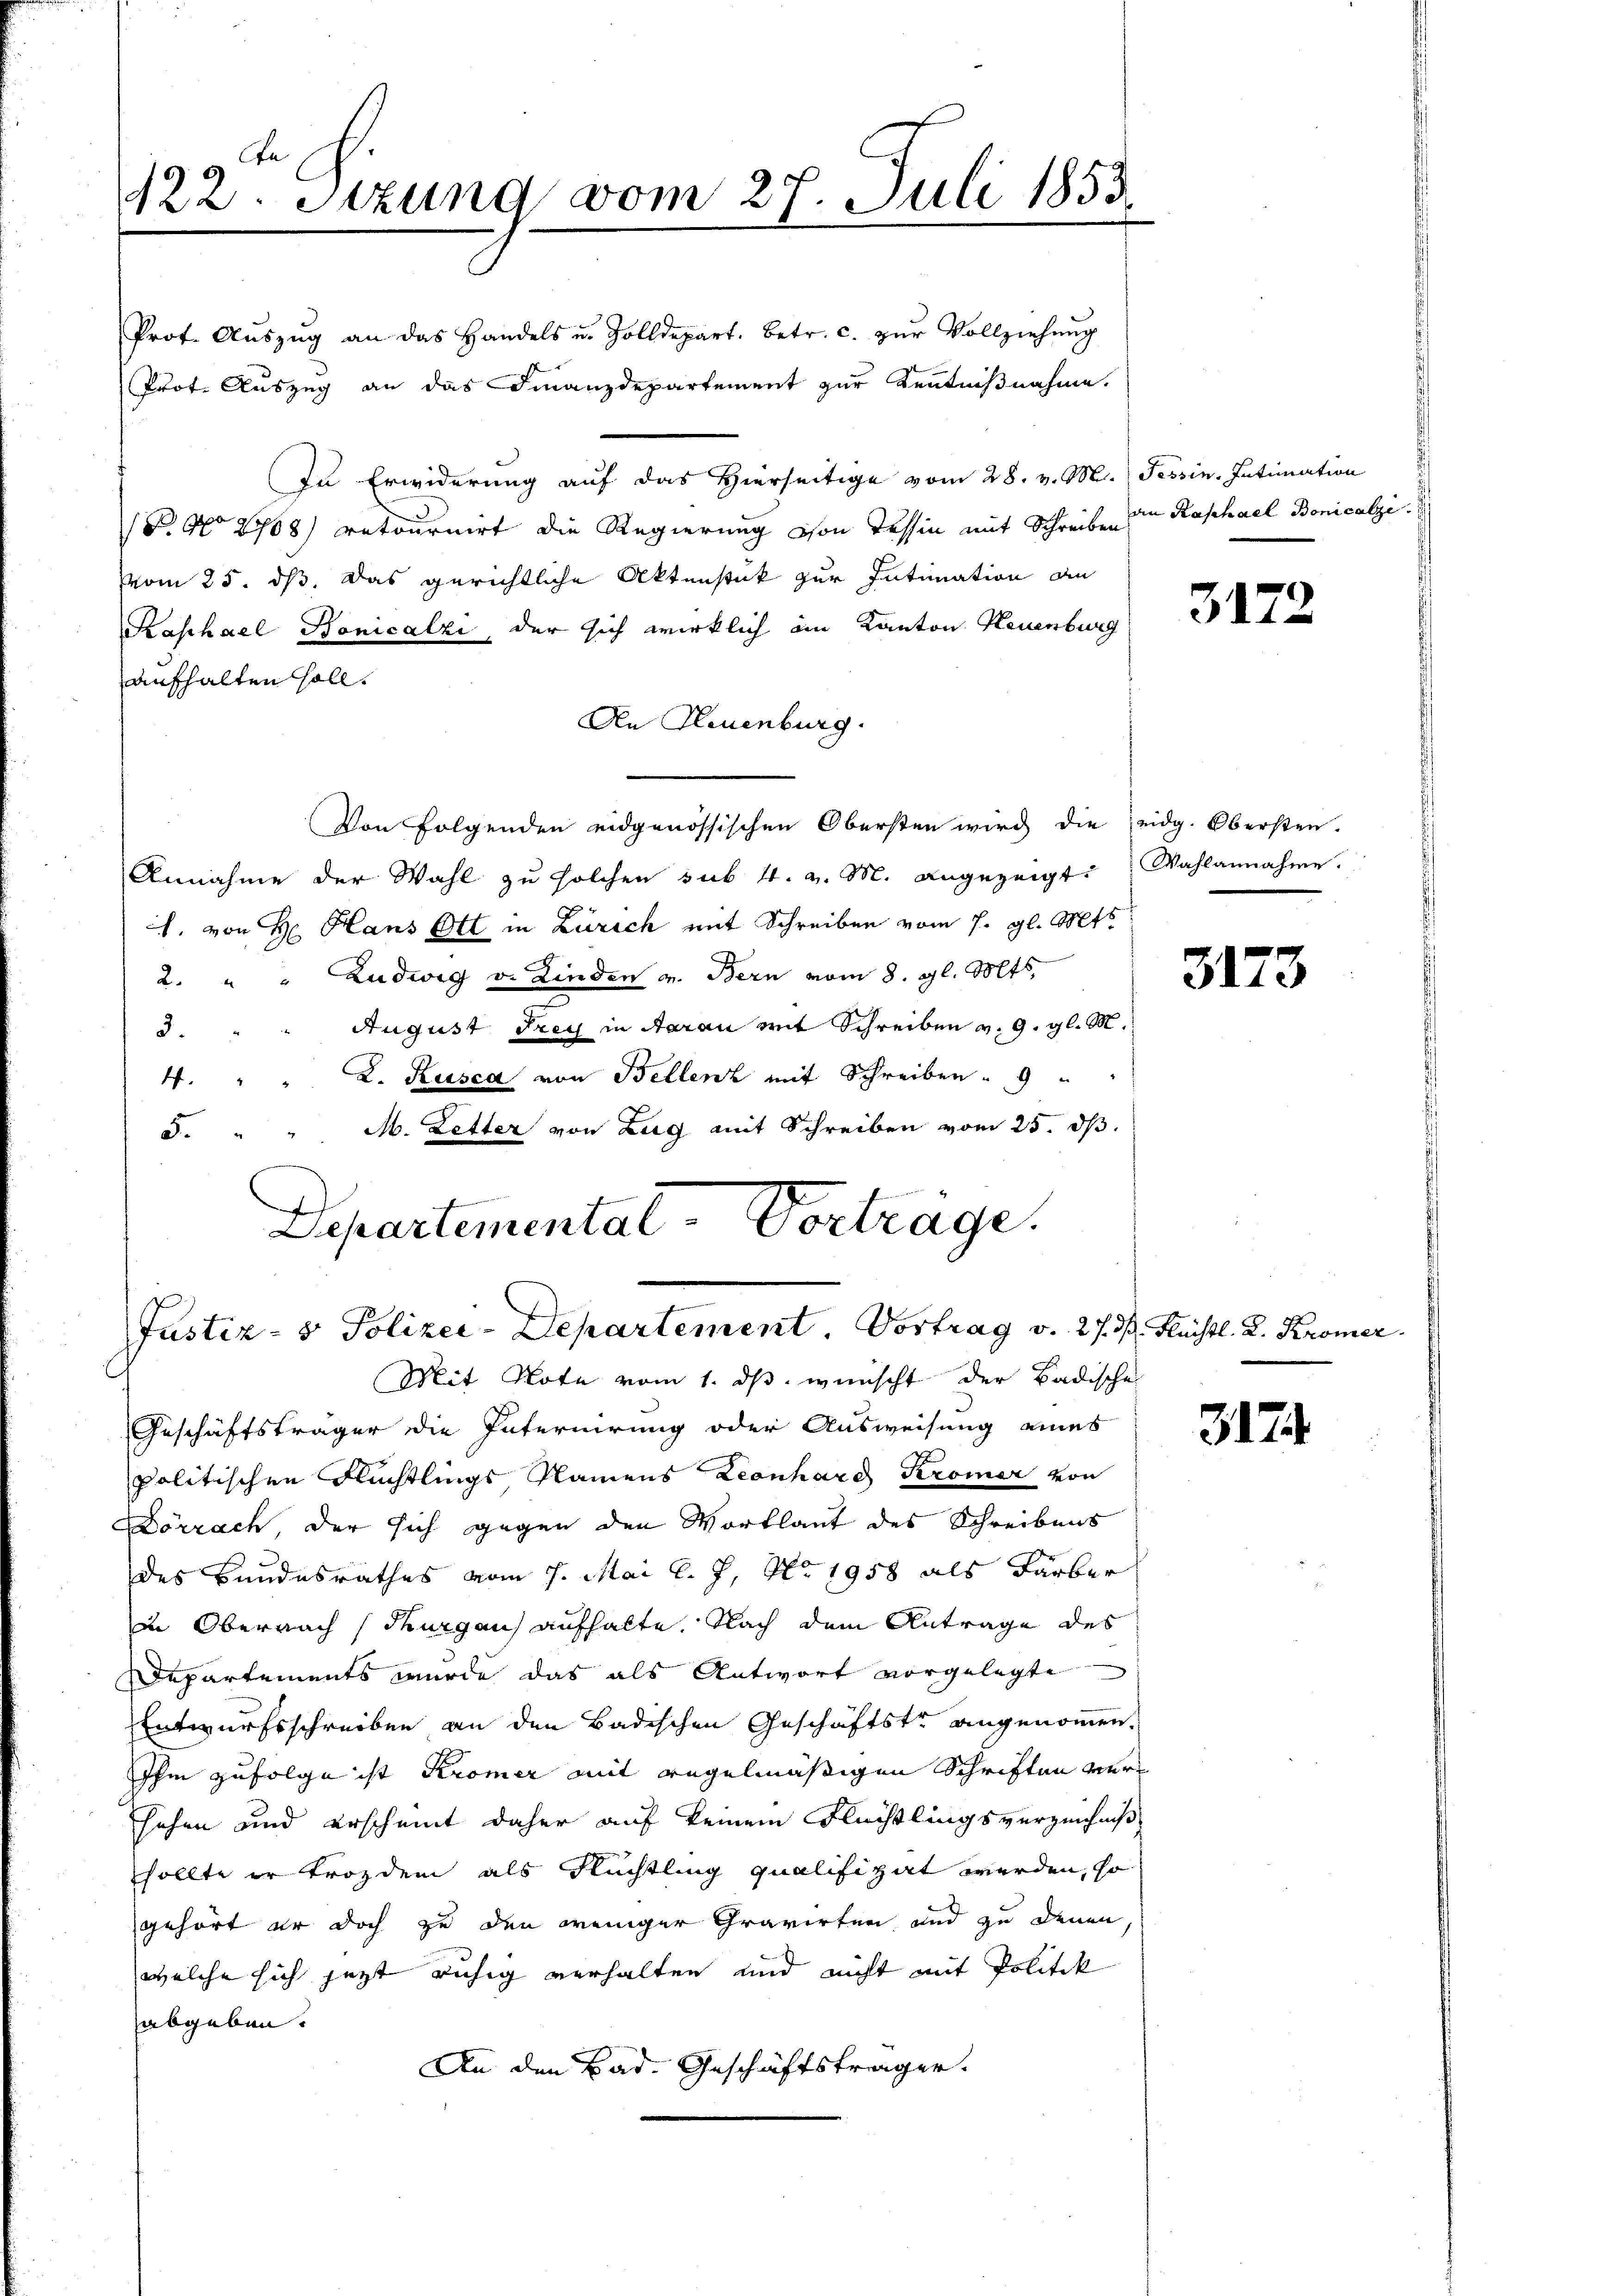
te
122. Sizung vom 27. Juli 1853.

Prot. Aŭszŭg an das Handels u. Zolldepart. betr. c. zŭr Vollziehŭng
Prot. Auszug an das Finanzdepartement zur Kenntnißnahme.
In Erwiderung auf das Hierseitige vom 28. v. M. Tessin. Intimation
g 2108) retournirt die Regierung von Tessin mit Schreiben die Kaphael Bonicalzi
vom 25. ds, das gerichtliche Aktenstück zur Intimation an
Kaschael Bonicalzi, der sich wirklich im Kanton Neuenburg
aufhalten soll.
An Neuenburg.
Von Folgenden eidgenössischen Obersten wird die eidg. Obersten.
Annahme der Wahl zu solchen sub. 4. v. M. angezeigt. Wahlannahme.
h. von H. Hans Ott in Zürich mit Schreiben vom 1. gl. Mts.
2. " " Ludwig v. Linden v. Bern vom 8. gl. Mts.
August drey in darau mit Schreiben v. 9. gl. M.
3.
L. Kusca von Bellenz mit Schreiben 9
4.
M. Letter von Zug mit Schreiben vom 25. ds.
5.
Departemental-Vortrage.

Justiz- & Polizei-Departement. Vortrag v. 27. d. Flüchtl. R. Kromer.
Mit Note vom 1. ds. wünscht der Badische

Geschäftsträger die Internirung oder Ausweisung eines
politischen Flüchtlings Namens Leonhard Kromer von
Lörrach, der sich gegen den Wortlaut des Schreibens
des Bundesrathes vom 7. Mai l. J. No. 1958 als Färber
in Obernach Thurgau aufhalte. Nach dem Antrage des
Departements wurde das als Antwort vorgelegte
Entwurfsschreiben an den Badischen Geschäftstr angenommen,
Ihm zufolge ist Kromer mit regelmäßigen Schriften verhehen und erscheint daher auf keinem Flüchtlingsverzeichniß
sollte er trozdem als Rechtling qualifizirt werden, so
gehört er doch zu den weniger Gravirten und zu denen
welche sich jetzt ruhig verhalten und nicht mit Politik
abgeben.
An den Bad. Geschäftsträger.

3172

3173

317.